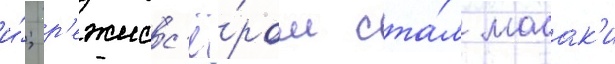
и́; р'ежисс'ё́ром ста́л масак'и